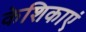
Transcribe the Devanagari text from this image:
केशिकाएं